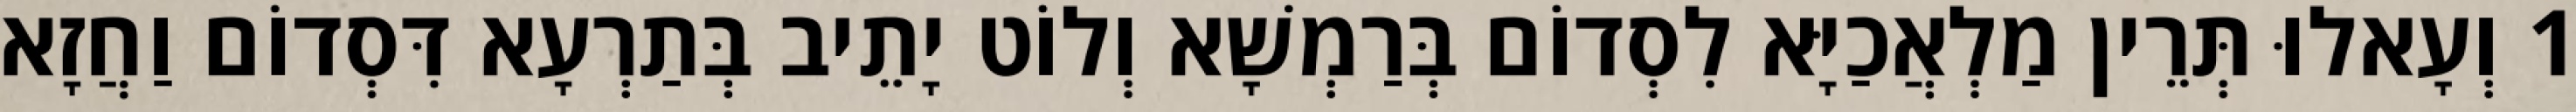
1 וְעָאלוּ תְּרֵין מַלְאֲכַיָּא לִסְדוֹם בְּרַמְשָׁא וְלוֹט יָתֵיב בְּתַרְעָא דִּסְדוֹם וַחֲזָא